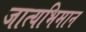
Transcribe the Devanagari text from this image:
जात्यभिमान